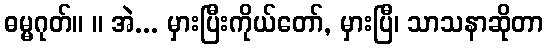
ဓမ္မဂုတ်။ ။ အဲ... မှားပြီးကိုယ်တော်, မှားပြီ၊ သာသနာဆိုတာ